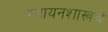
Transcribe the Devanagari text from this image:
रसायनशास्त्रचे